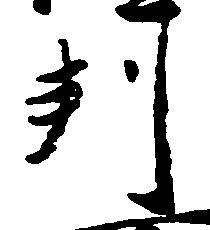
判